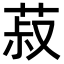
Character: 菽